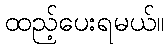
ထည့်ပေးရမယ်။